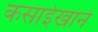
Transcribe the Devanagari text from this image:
कसाईखाने